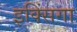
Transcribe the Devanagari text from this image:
इक्सिंगा